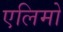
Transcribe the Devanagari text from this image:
एलिमो